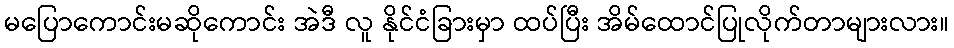
မပြောကောင်းမဆိုကောင်း အဲဒီ လူ နိုင်ငံခြားမှာ ထပ်ပြီး အိမ်ထောင်ပြုလိုက်တာများလား။